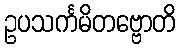
ဥပသင်္ကမိတဗ္ဗောတိ